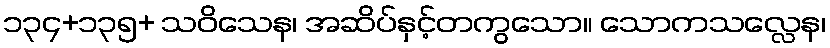
၁၃၄+၁၃၅+ သဝိသေန၊ အဆိပ်နှင့်တကွသော။ သောကသလ္လေန၊